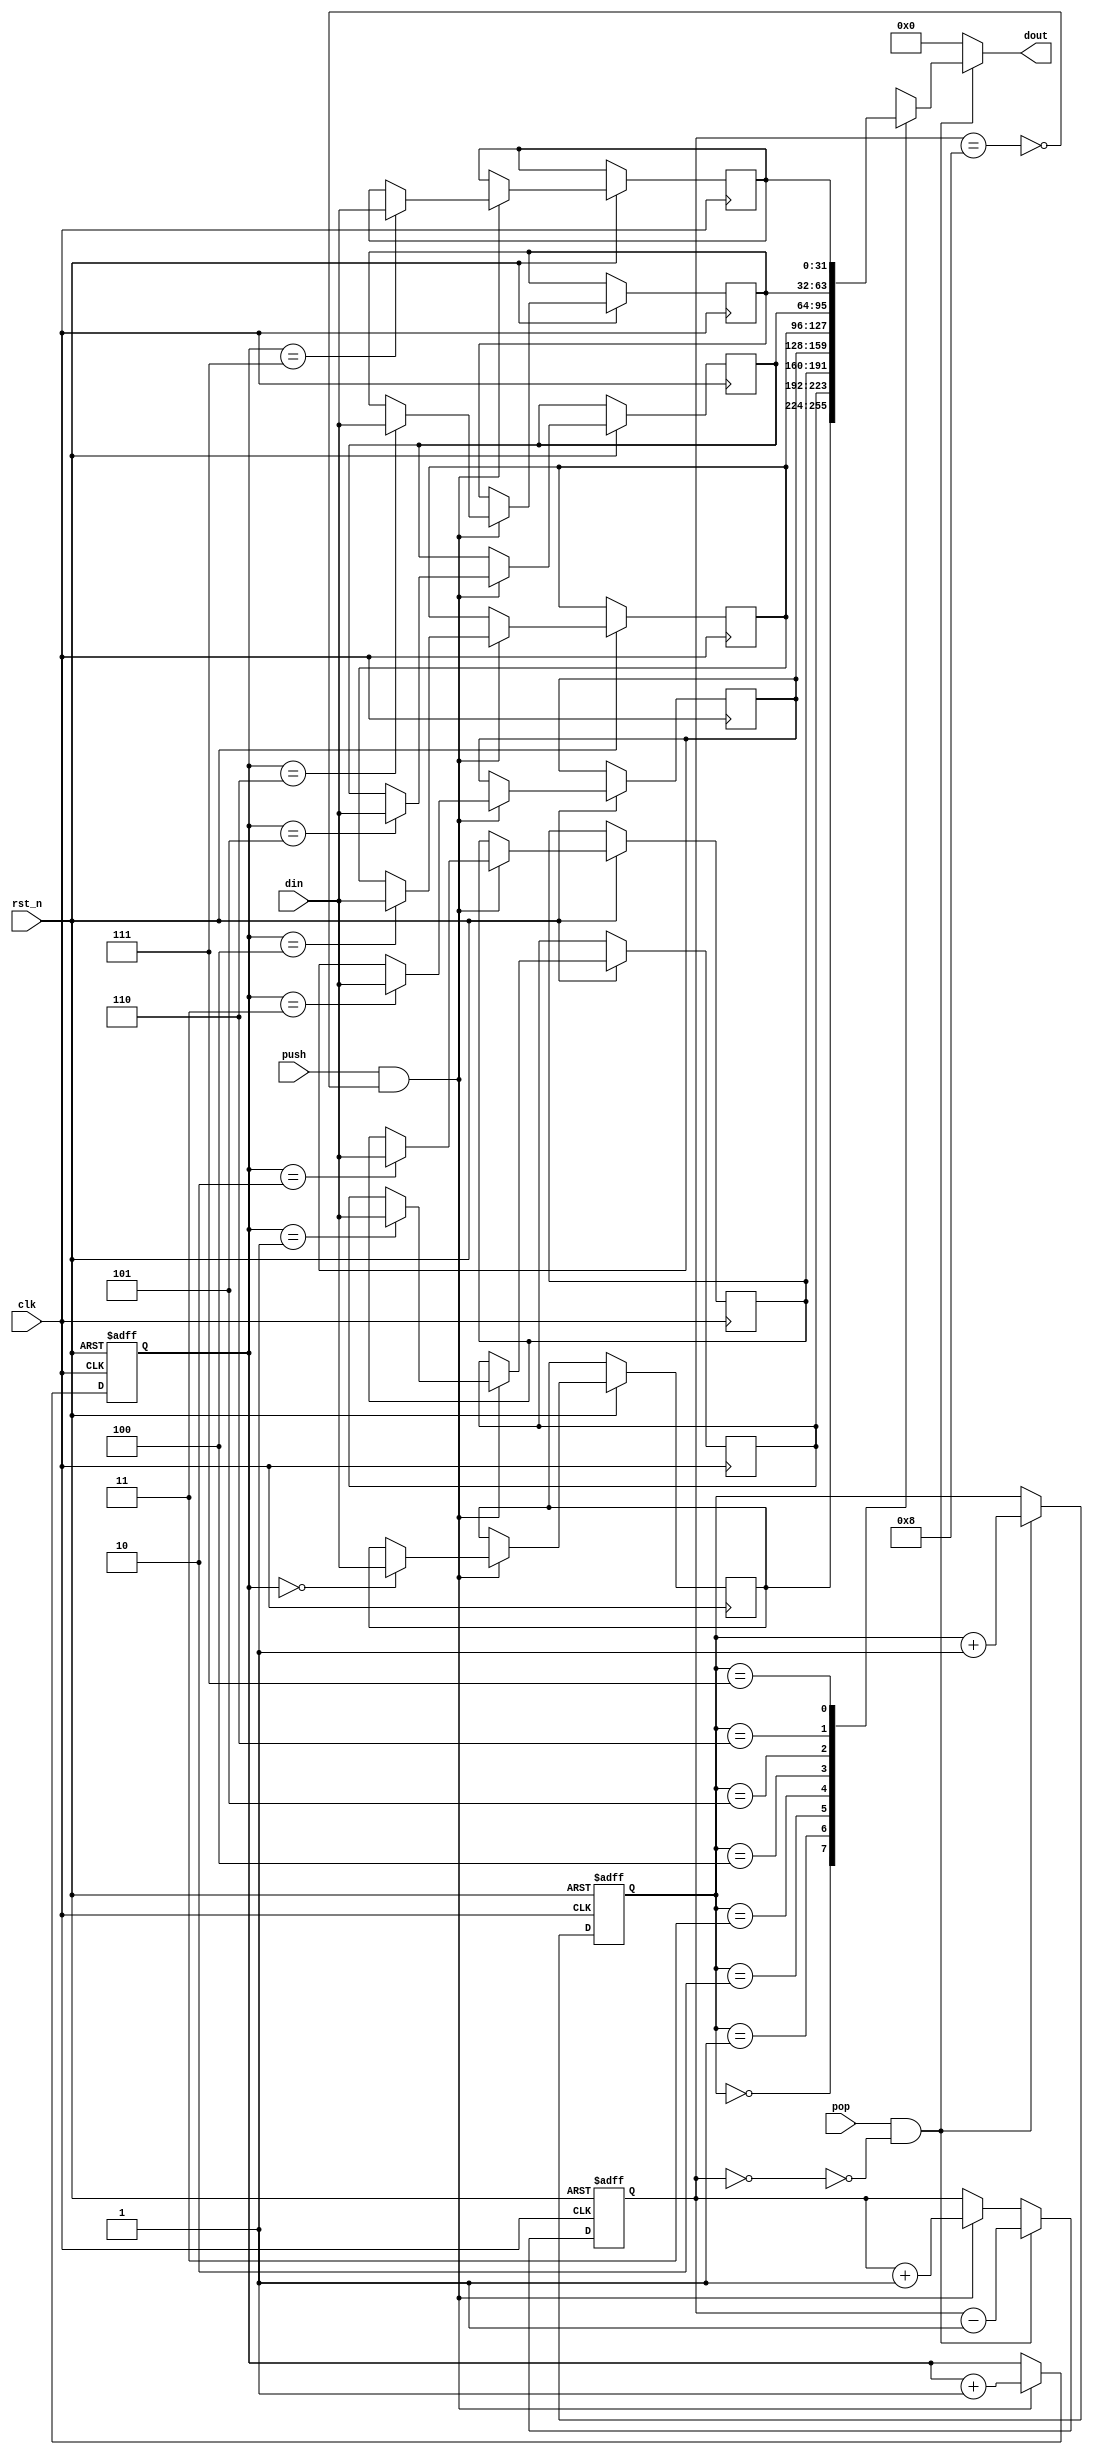
module fifo #(
    parameter DATA_WIDTH = 32,
    parameter PTR_WIDTH  = 3
) (
    input clk,
    input rst_n,

    input [DATA_WIDTH-1:0] din,
    input push,
    input pop,
    output reg [DATA_WIDTH-1:0] dout
);
  /* Pointers to head and tail of the FIFO */
  reg [PTR_WIDTH-1:0] rd_ptr;
  reg [PTR_WIDTH-1:0] wr_ptr;

  /* FIFO memory */
  reg [DATA_WIDTH-1:0] mem[0:2**PTR_WIDTH-1];

  reg [PTR_WIDTH:0] count;

  /* Signals to indicate empty and full status */
  wire empty = (count == 0);
  wire full = (count == (2 ** PTR_WIDTH));

  always @(*) begin
    if (pop && !empty) dout = mem[rd_ptr];
    else dout = 0;
  end

  always @(posedge clk or negedge rst_n) begin
    if (!rst_n) begin
      rd_ptr <= 0;
      wr_ptr <= 0;
      count  <= 0;
    end else begin
      if (push && !full) begin
        mem[wr_ptr] <= din;
        wr_ptr <= wr_ptr + 1;
        count <= count + 1;
      end
      if (pop && !empty) begin
        rd_ptr <= rd_ptr + 1;
        count  <= count - 1;
      end
    end
  end

endmodule